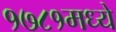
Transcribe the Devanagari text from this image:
१७८१मध्ये